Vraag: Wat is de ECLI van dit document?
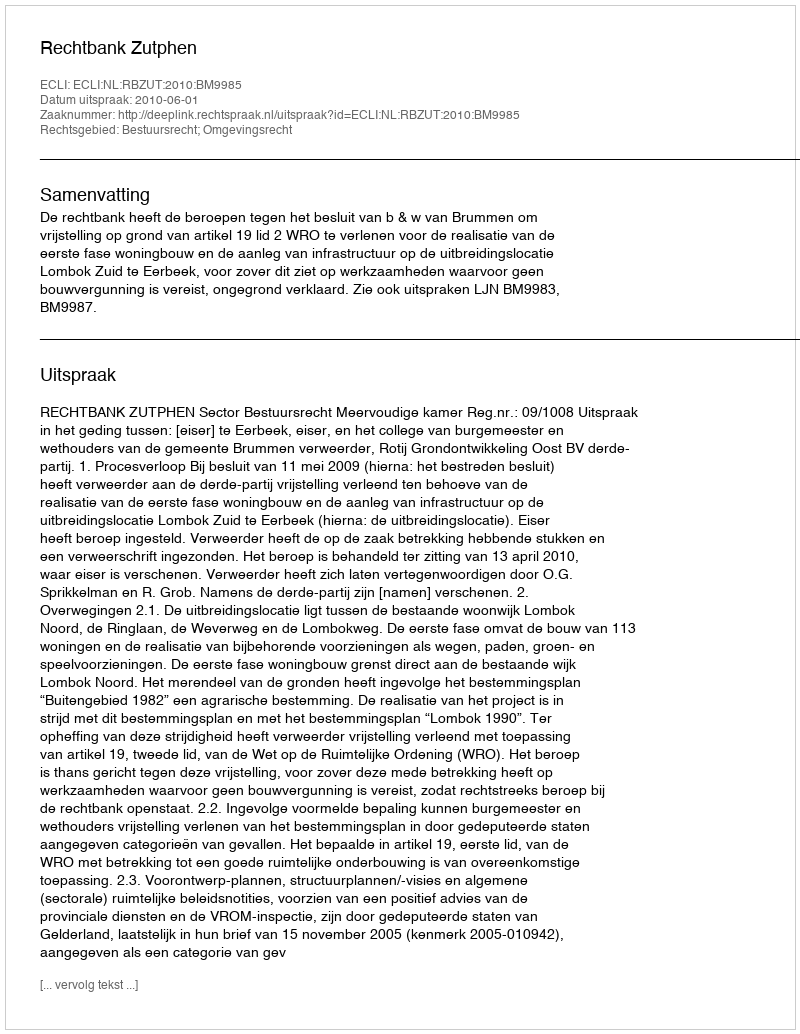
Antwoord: ECLI:NL:RBZUT:2010:BM9985